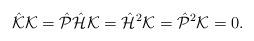
LaTeX: \begin{align*}\hat{\cal K}{\cal K}=\hat{\cal P}\hat{\cal H}{\cal K}=\hat{\cal H}^2{\cal K}=\hat{\cal P}^2{\cal K}=0.\end{align*}